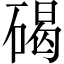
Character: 碣